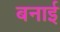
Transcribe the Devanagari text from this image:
बनार्इ